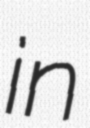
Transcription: in